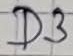
Text: D3